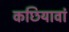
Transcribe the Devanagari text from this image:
कछियावां